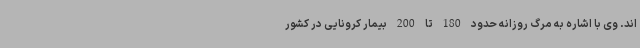
اند. وی با اشاره به مرگ روزانه حدود 180 تا 200 بیمار کرونایی در کشور